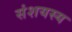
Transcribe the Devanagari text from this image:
संशयस्य